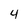
Character: 4